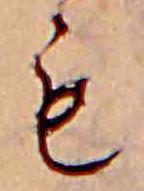
も